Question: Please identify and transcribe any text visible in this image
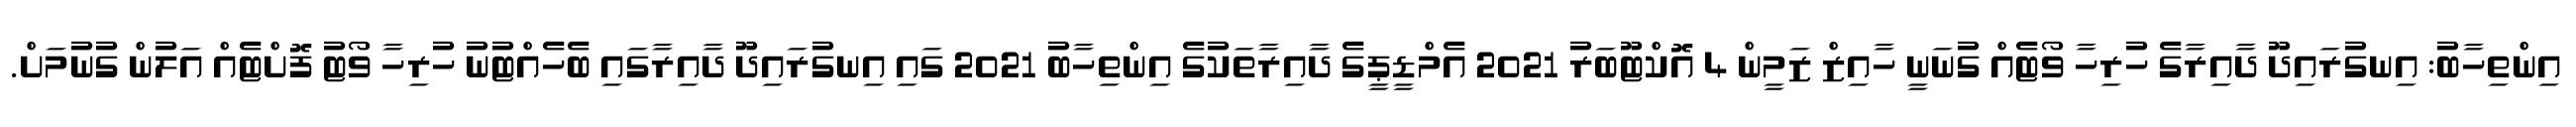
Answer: އިންތިހާބު: އިނގުރައިދޫ ދާއިރާގެ ހުރިހާ ވޯޓެއް ގުނަނީ ހާއިޒް ޒަމީން 4 އޮކްޓޫބަރު 2021 އެމްޑީޕީގެ ދާއިރާތަކުގެ އިންތިހާބު 2021 ގައި އިނގުރައިދޫ ދާއިރާގައި ބެހެއްޓުނު ހުރިހާ ވޯޓު ފޮށްޓެއް އަލުން ގުނުމަށް.